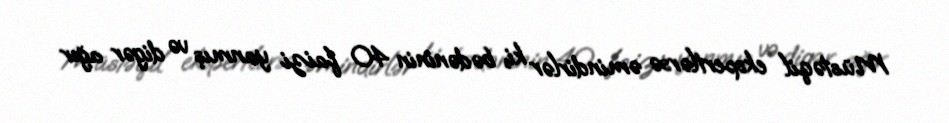
Müstəqil ekspertlərsə əmindirlər ki, bədəninin 40 faizi yanmış və digər ağır